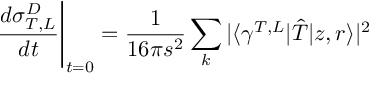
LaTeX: \left. \frac { d \sigma _ { T , L } ^ { D } } { d t } \right| _ { t = 0 } = \frac { 1 } { 1 6 \pi s ^ { 2 } } \sum _ { k } | \langle \gamma ^ { T , L } | \hat { T } | z , r \rangle | ^ { 2 }